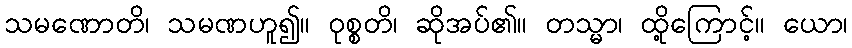
သမဏောတိ၊ သမဏဟူ၍။ ဝုစ္စတိ၊ ဆိုအပ်၏။ တသ္မာ၊ ထို့ကြောင့်။ ယော၊